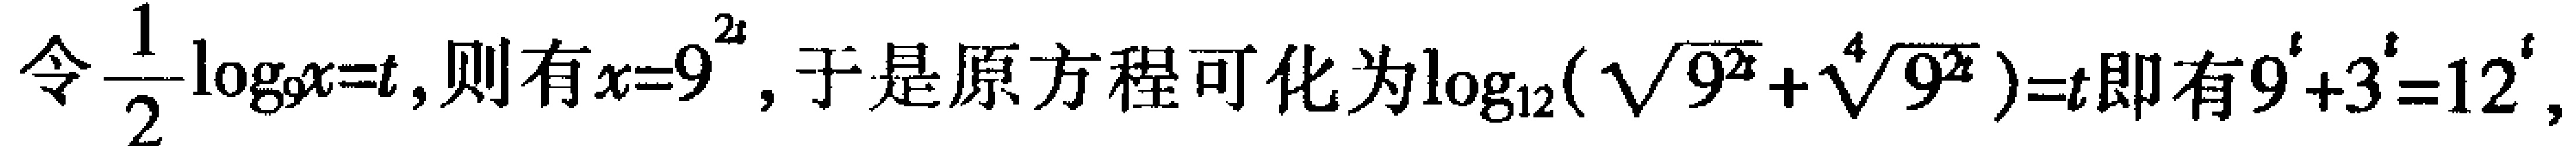
令\(\frac{1}{2}\log_{9}x = t\)，则有\(x = 9^{2t}\)，于是原方程可化为\(\log_{12}(\sqrt{9^{2t}}+\sqrt[4]{9^{2t}})=t\)即有\(9^{t}+3^{t}=12^{t}\)，